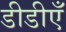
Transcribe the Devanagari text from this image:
डीडीएँ